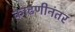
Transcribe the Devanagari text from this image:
काढणीनंतर